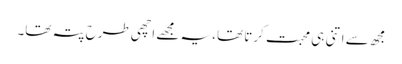
مجھ سے اتنی ہی محبت کرتا تھا، یہ مجھے اچھی طرح پتہ تھا۔